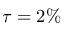
\tau = 2 \%